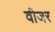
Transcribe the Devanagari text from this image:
वीजर